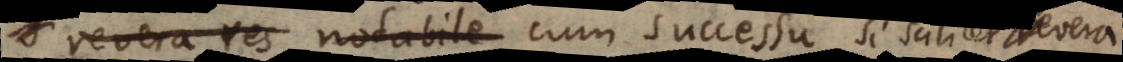
revera res notabile cum successu, si scilicet revera